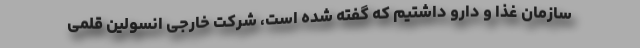
سازمان غذا و دارو داشتیم که گفته شده است، شرکت خارجی انسولین قلمی